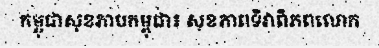
កម្ពុជាសុខភាបកម្ពុជា៖ សុខភាពទិវាពិភពលោក